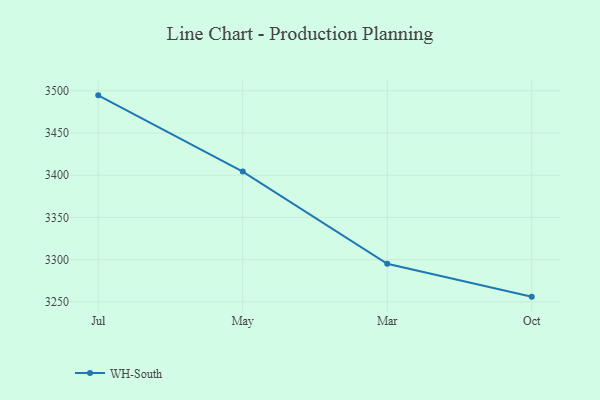
{"axis": {"x": "Month", "y": "Latency (ms)"}, "legend": ["WH-South"], "data": [{"x": "Jul", "y": 3494.6, "type": "WH-South"}, {"x": "May", "y": 3404.3, "type": "WH-South"}, {"x": "Mar", "y": 3295.2, "type": "WH-South"}, {"x": "Oct", "y": 3256.2, "type": "WH-South"}]}